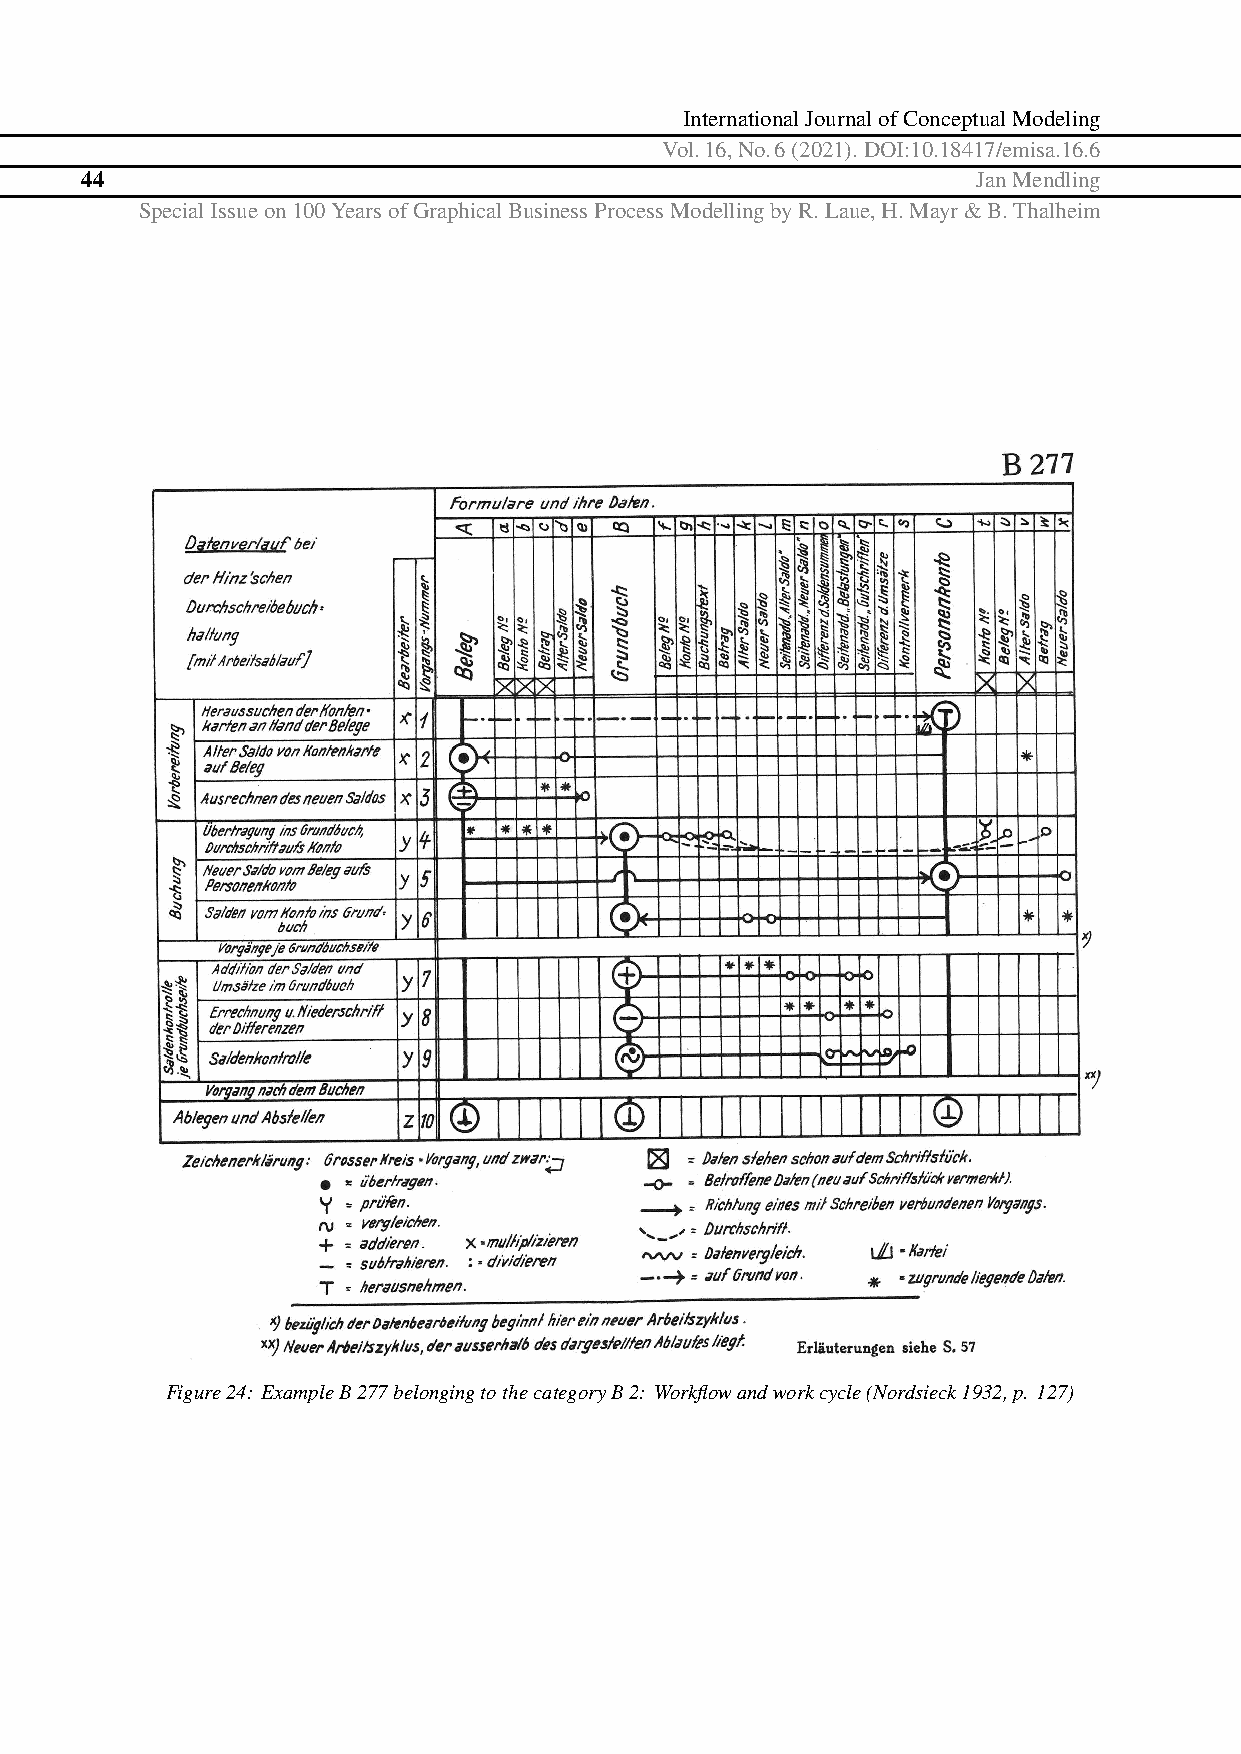
InternationalJournalofConceptualModeling
 Vol.16,No.6(2021).DOI:10.18417/emisa.16.6
 44                                                          JanMendling
 SpecialIssueon100YearsofGraphicalBusinessProcessModellingbyR.Laue,H.Mayr&B.Thalheim
 Figure24: ExampleB277belongingtothecategoryB2: Workflowandworkcycle(Nordsieck1932,p. 127)